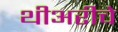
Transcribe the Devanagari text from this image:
थीअरीचे